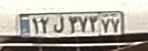
۱۲ل۳۷۳۷۷